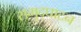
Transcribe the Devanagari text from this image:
समुद्घाटन